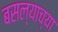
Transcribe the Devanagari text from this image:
बसल्याच्या